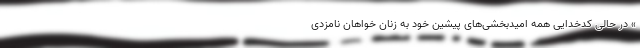
» در حالی کدخدایی همه امیدبخشی‌های پیشین خود به زنان خواهان نامزدی